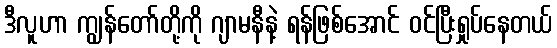
ဒီလူဟာ ကျွန်တော်တို့ကို ဂျာမနီနဲ့ ရန်ဖြစ်အောင် ဝင်ပြီးရှုပ်နေတယ်